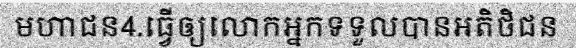
មហាជន4.ធ្វើឲ្យលោកអ្នកទទួលបានអតិថិជន